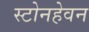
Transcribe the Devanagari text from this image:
स्टोनहेवन